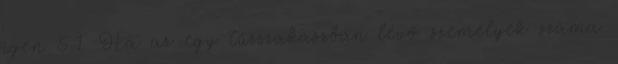
igen 5.1. Ha az egy tûzszakaszban lévõ személyek száma